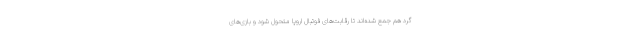
گرد هم جمع شده‌اند تا رقابت‌های فوتبال اروپا متحول شود و بازی‌های